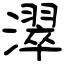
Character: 濢